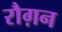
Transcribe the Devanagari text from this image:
रौग़न